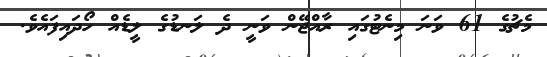
މެޗުގެ 61 ވަނަ މިނެޓުގައި ރާއްޖޭން ވަނީ ދެ ލަނޑުގެ ލީޑެއް ހޯދައިފައެވެ.